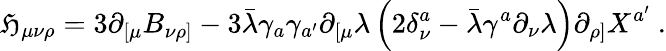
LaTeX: {\cal\mathfrak{H}}_{\mu\nu\rho}=3\partial_{[\mu}B_{\nu\rho]}-3\bar{{\lambda}}\gamma_{a}\gamma_{a^{\prime}}\partial_{[\mu}\lambda\left(2\delta_{\nu}^{a}-\bar{{\lambda}}\gamma^{a}\partial_{\nu}\lambda\right)\partial_{\rho]}X^{a^{\prime}}\ .